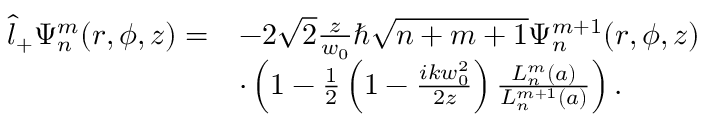
\begin{array} { r l } { \hat { l } _ { + } \Psi _ { n } ^ { m } ( r , \phi , z ) = } & { - 2 \sqrt { 2 } \frac { z } { w _ { 0 } } \hbar \sqrt { n + m + 1 } \Psi _ { n } ^ { m + 1 } ( r , \phi , z ) } \\ & { \cdot \left( 1 - \frac { 1 } { 2 } \left( 1 - \frac { i k w _ { 0 } ^ { 2 } } { 2 z } \right) \frac { L _ { n } ^ { m } ( a ) } { L _ { n } ^ { m + 1 } ( a ) } \right) . } \end{array}